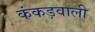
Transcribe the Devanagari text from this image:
कंकड़वाली